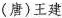
(唐)王建